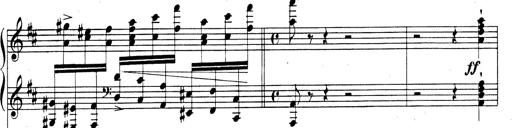
Title: Rhapsodie espagnole
Composer: Franz Liszt